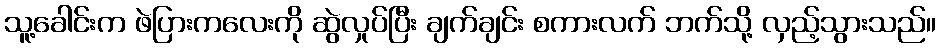
သူ့ခေါင်းက ဖဲပြားကလေးကို ဆွဲလှုပ်ပြီး ချက်ချင်း စကားလက် ဘက်သို့ လှည့်သွားသည်။